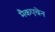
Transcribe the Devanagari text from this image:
मैकएवेन